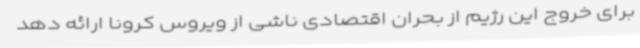
برای خروج این رژیم از بحران اقتصادی ناشی از ویروس کرونا ارائه دهد